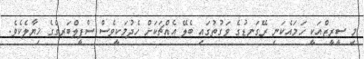
މި ސީރީޒްއަކީ ހަމައެކަނި ރޭގަނޑުގެ ވަގުތުގައި ބެލޭ އެއްޗަކަށް ހެދުމަކީވެސް ސްޕީލްބަރގްގެ ޚިޔާލެކެވެ.